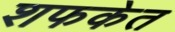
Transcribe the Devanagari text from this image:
शफकेत